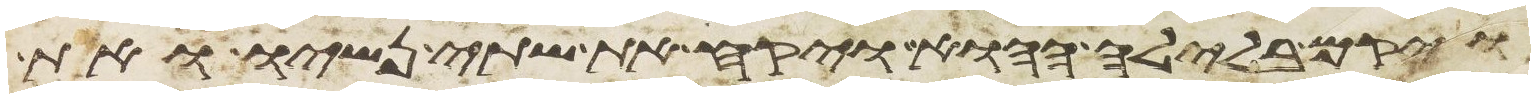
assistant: ויקם בלילה ההוא ויקח את שתי נשיו ואת